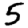
Digit: 5